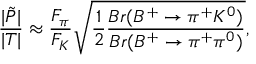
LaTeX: \frac { | \tilde { P } | } { | T | } \approx \frac { F _ { \pi } } { F _ { K } } \sqrt { \frac { 1 } { 2 } \frac { B r ( B ^ { + } \to \pi ^ { + } K ^ { 0 } ) } { B r ( B ^ { + } \to \pi ^ { + } \pi ^ { 0 } ) } } ,